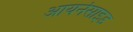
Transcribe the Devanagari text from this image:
आयर्नसाइड